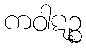
ကဝါဋဉ္စ